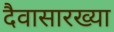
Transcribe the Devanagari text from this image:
दैवासारख्या